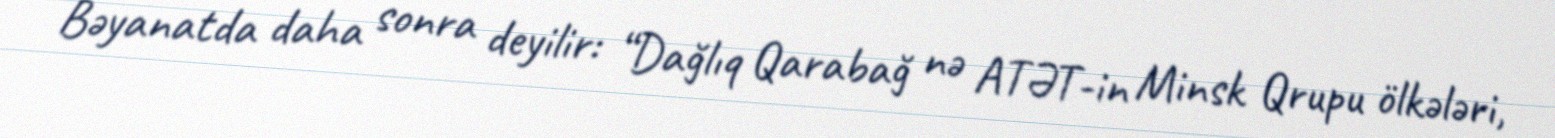
Bəyanatda daha sonra deyilir: “Dağlıq Qarabağ nə ATƏT-in Minsk Qrupu ölkələri,